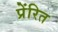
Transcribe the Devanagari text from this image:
प्रेंरित